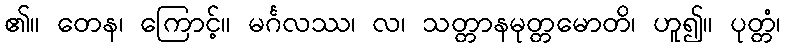
၏။ တေန၊ ကြောင့်။ မင်္ဂလဿ၊ လ၊ သတ္တာနမုတ္တမောတိ၊ ဟူ၍။ ပုတ္တံ၊